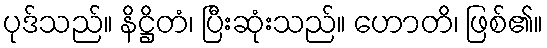
ပုဒ်သည်။ နိဋ္ဌိတံ၊ ပြီးဆုံးသည်။ ဟောတိ၊ ဖြစ်၏။